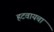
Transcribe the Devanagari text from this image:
हटवायचा